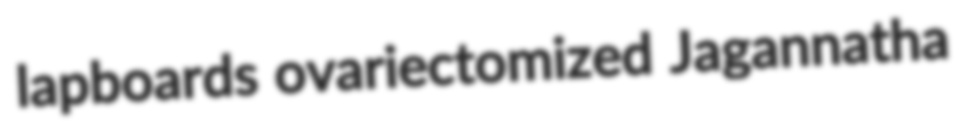
lapboards ovariectomized Jagannatha